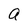
Character: a